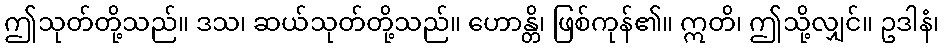
ဤသုတ်တို့သည်။ ဒသ၊ ဆယ်သုတ်တို့သည်။ ဟောန္တိ၊ ဖြစ်ကုန်၏။ ဣတိ၊ ဤသို့လျှင်။ ဥဒါနံ၊